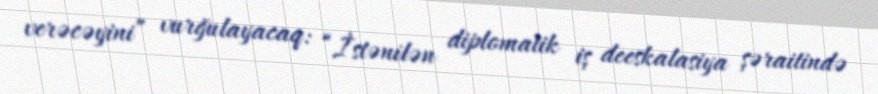
verəcəyini” vurğulayacaq: “İstənilən diplomatik iş deeskalasiya şəraitində